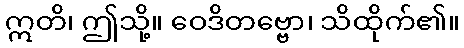
ဣတိ၊ ဤသို့။ ဝေဒိတဗ္ဗော၊ သိထိုက်၏။